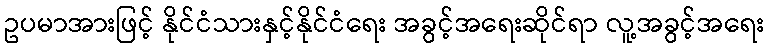
ဥပမာအားဖြင့် နိုင်ငံသားနှင့်နိုင်ငံရေး အခွင့်အရေးဆိုင်ရာ လူ့အခွင့်အရေး